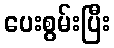
ပေးစွမ်းပြီး